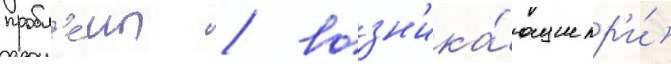
пробл'е́мы / возн'ика́ющие пр'и́